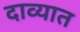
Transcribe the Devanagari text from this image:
दाव्यात